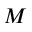
M